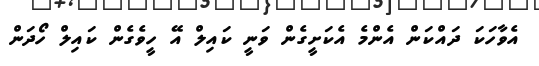
އެވާހަކަ ދައްކަން އެންމެ އެކަށީގެން ވަނީ ކައިލް އޭ ހީވެގެން ކައިލް ހޯދަން